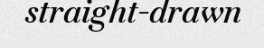
straight-drawn